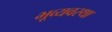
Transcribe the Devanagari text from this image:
भूव्यवस्था